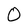
Character: 0